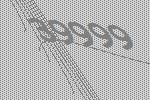
39999